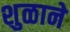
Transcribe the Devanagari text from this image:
शुळाने